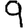
Digit: 9